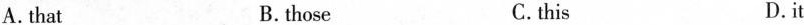
A. that B.those C.this D.it